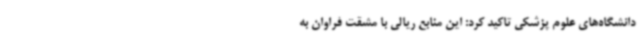
دانشگاه‌های علوم پزشکی تاکید کرد: این منابع ریالی با مشقت فراوان به